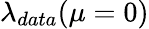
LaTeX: \lambda_{data}(\mu=0)